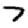
Digit: 7